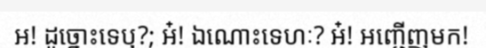
អ! ដូច្នោះទេឬ?; អ៎! ឯណោះទេហៈ? អ៎! អញ្ជើញមក!